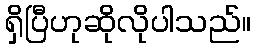
ရှိပြီဟုဆိုလိုပါသည်။